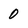
Character: 0